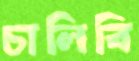
চালিবি